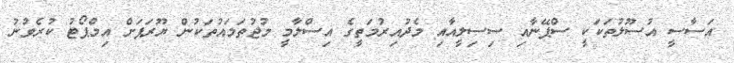
އަސާސީ އުސޫލުތަކަކީ ސްޕޭނާއި ސިސިލީއާއި މެދުއިރުމަތީގެ އިސްލާމީ މުޖުތަމައުތަކުން ޔޫރަޕަށް އިމްޕޯޓު ކުރެވުނު